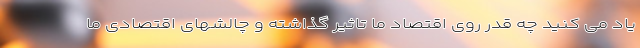
یاد می کنید چه قدر روی اقتصاد ما تاثیر گذاشته و چالشهای اقتصادی ما